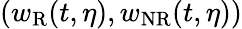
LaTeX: (w_{\mathrm{R}}(t,\eta),w_{\mathrm{NR}}(t,\eta))